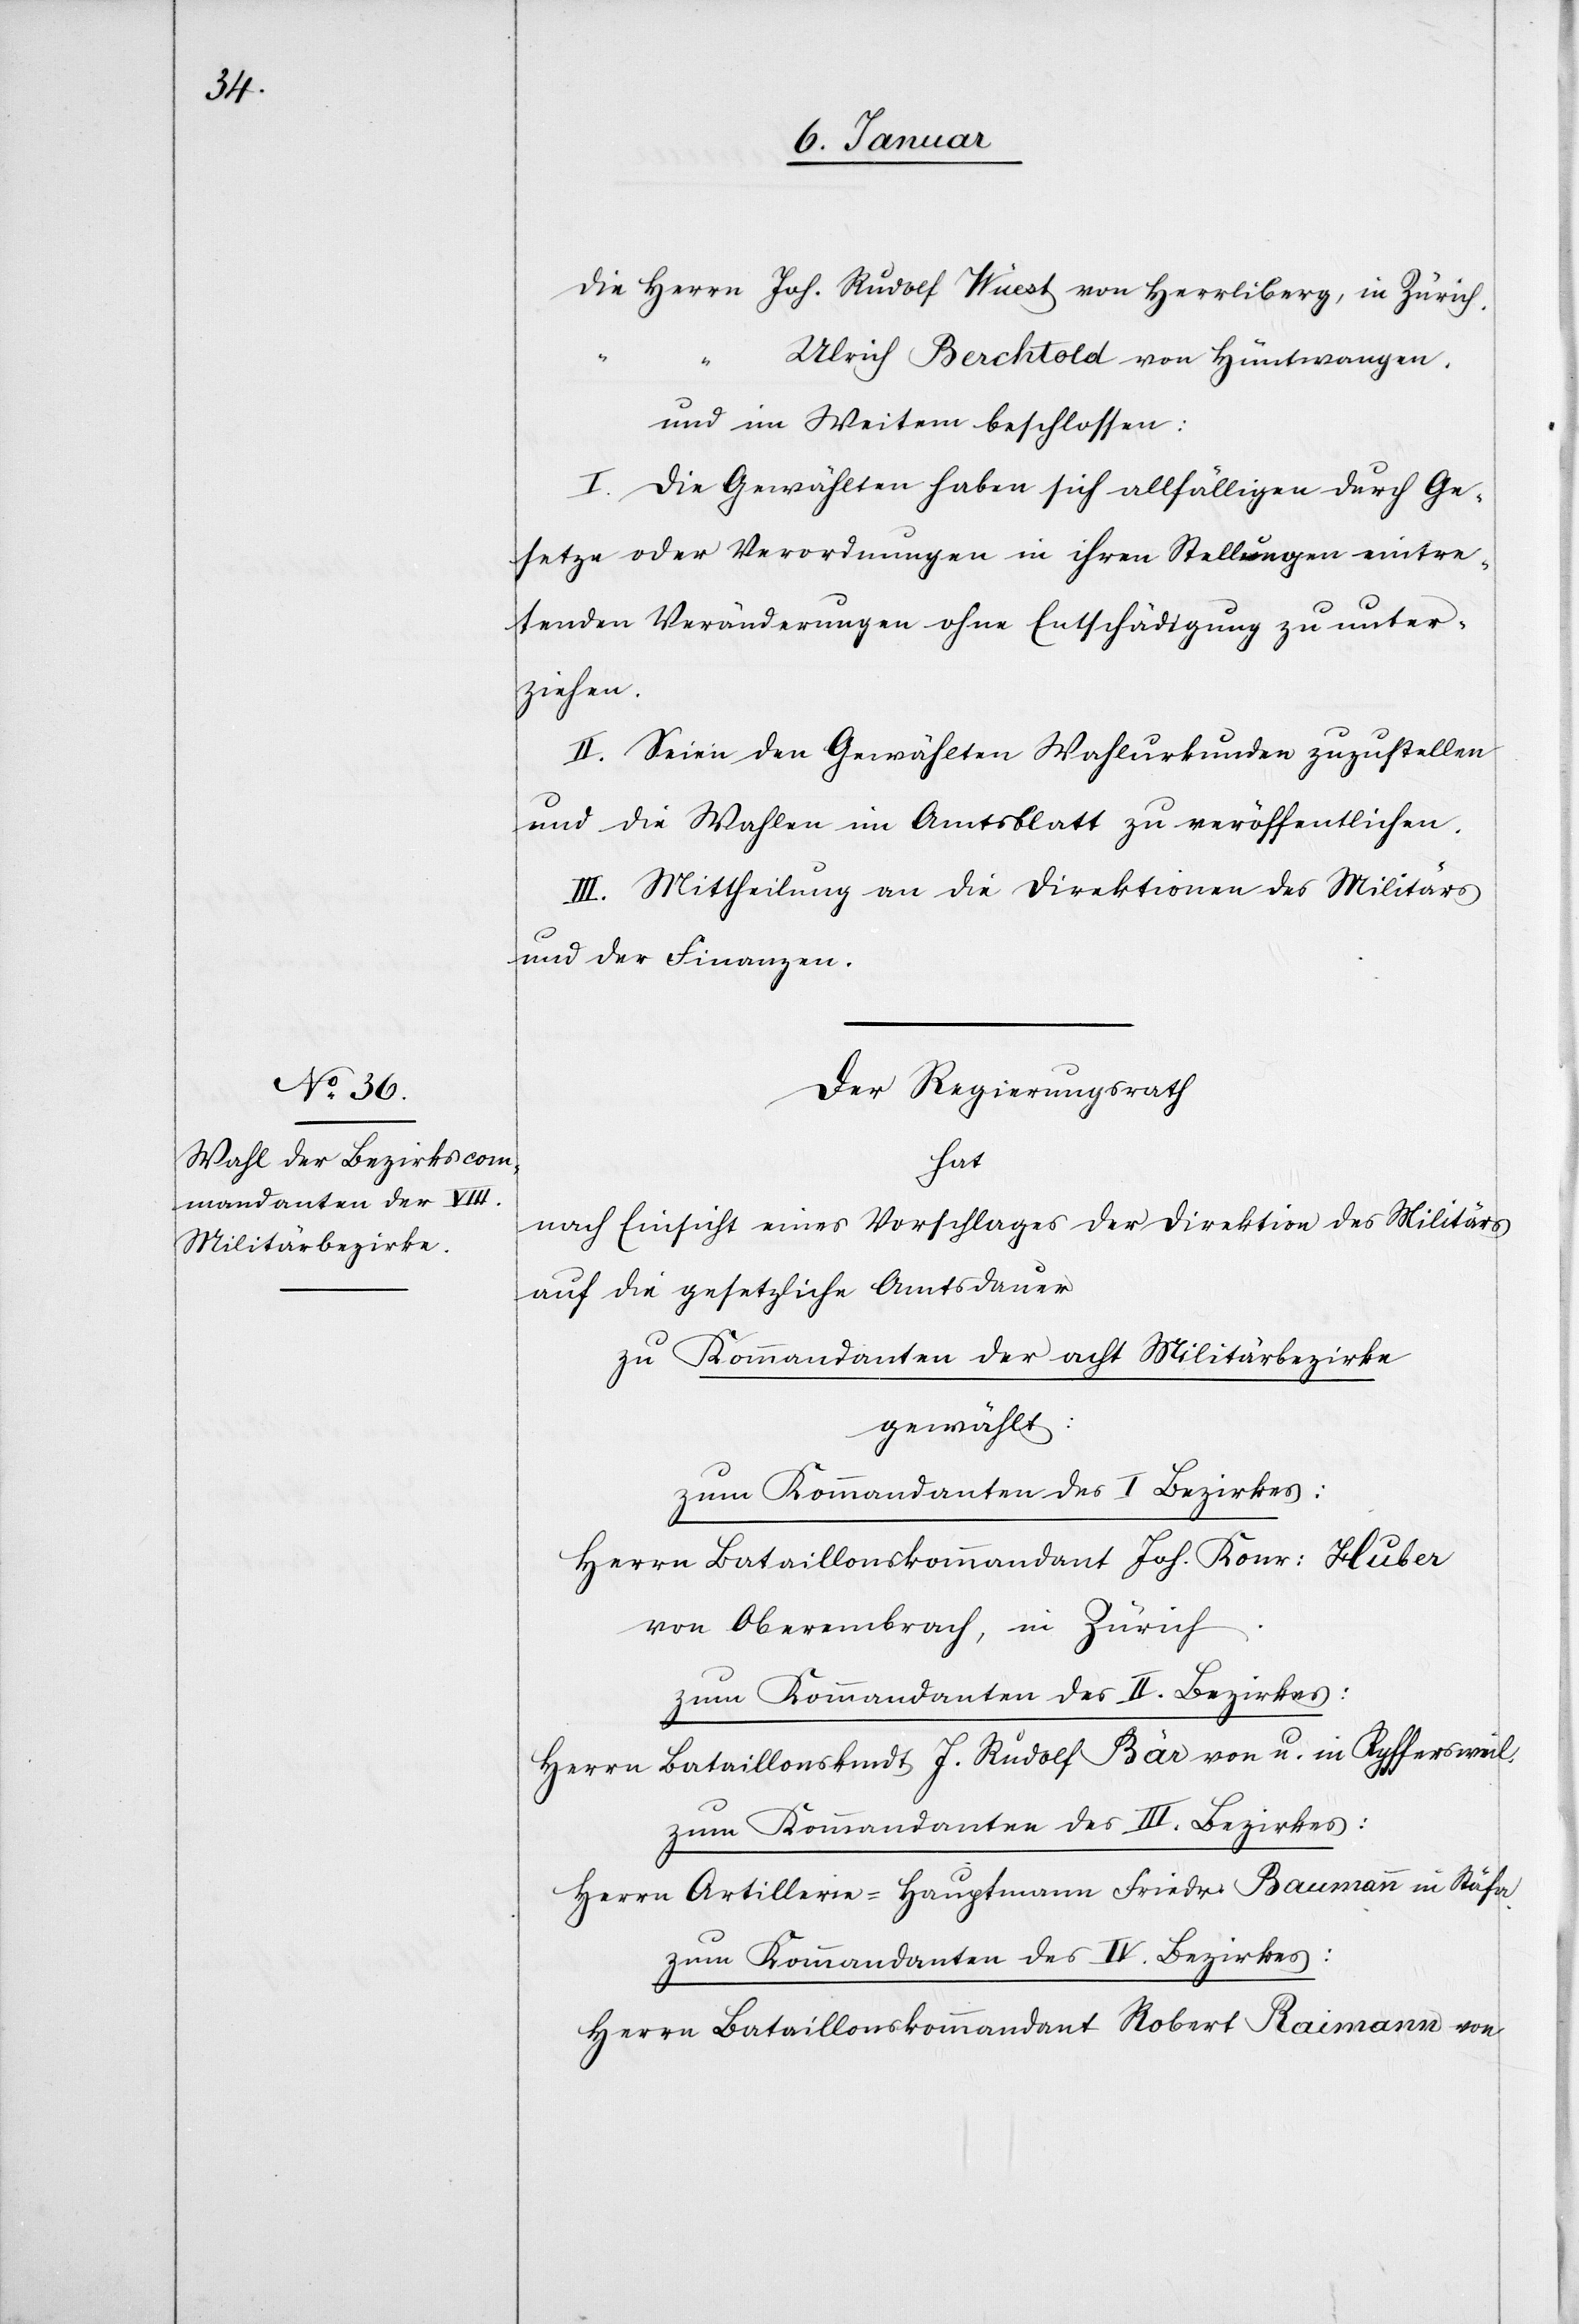
die Herrn 	Joh. Rudolf Wüest von Herrliberg, in Zürich.
“	Ulrich Berchtold von Hüntwangen.
und im Weiteren beschlossen:
I. Die Gewählten haben sich allfälligen durch Ge¬
setze oder Verordnungen in ihren Stellungen eintre¬
tenden Veränderungen ohne Entschädigung zu unter¬
ziehen.
II. Seien den Gewählten Wahlurkunden zuzustellen
und die Wahlen im Amtsblatt zu veröffentlichen.
III. Mittheilung an die Direktionen des Militärs
und der Finanzen.
Der Regierungsrath
hat
nach Einsicht eines Vorschlages der Direktion des Militärs
auf die gesetzliche Amtsdauer
zu Kommandanten der acht Militärbezirke
gewählt:
zum Kommandanten des I Bezirkes:
Herrn Bataillonskommandant Joh. Konr: Huber
von Oberembrach, in Zürich.
zum Kommandanten des II. Bezirkes:
Herrn Bataillonskmdt J. Rudolf Bär von u. in Ryffersweil.
Herrn Artillerie-Hauptmann Friedr Baumann in Stäfa.
zum Kommandanten des IV. Bezirkes:
Herrn Bataillonskommandant Robert Raimann von